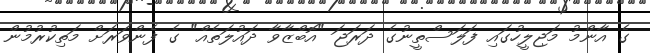
ގެ އާންމު މަޖިލީހުގައި ފަލަސްތީނުގެ ދަރަޖަ "އޮބްޒާވާ ދައުލަތެއް" ގެ ފެންވަރަށް މަތިކުރުމުން